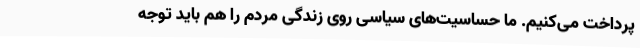
پرداخت می‌کنیم. ما حساسیت‌های سیاسی روی زندگی مردم را هم باید توجه